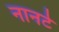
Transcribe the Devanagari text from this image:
नानटे